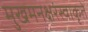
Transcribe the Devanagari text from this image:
मुखमनक्षरंस्वाकृते